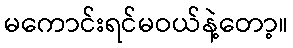
မကောင်းရင်မဝယ်နဲ့တော့။